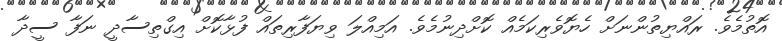
އޮތުމެވެ. ރައްޔިތުންނަށް ހެޔޮވެރިކަމެއް ކޮށްދިނުމެވެ. އަމިއްލަ ވިޔަފާރިތައް ފުޅާކޮށް އިގްތިސާދީ ނަފާ ސީދާ